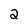
Character: 2